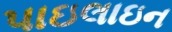
પાઇલાઇન